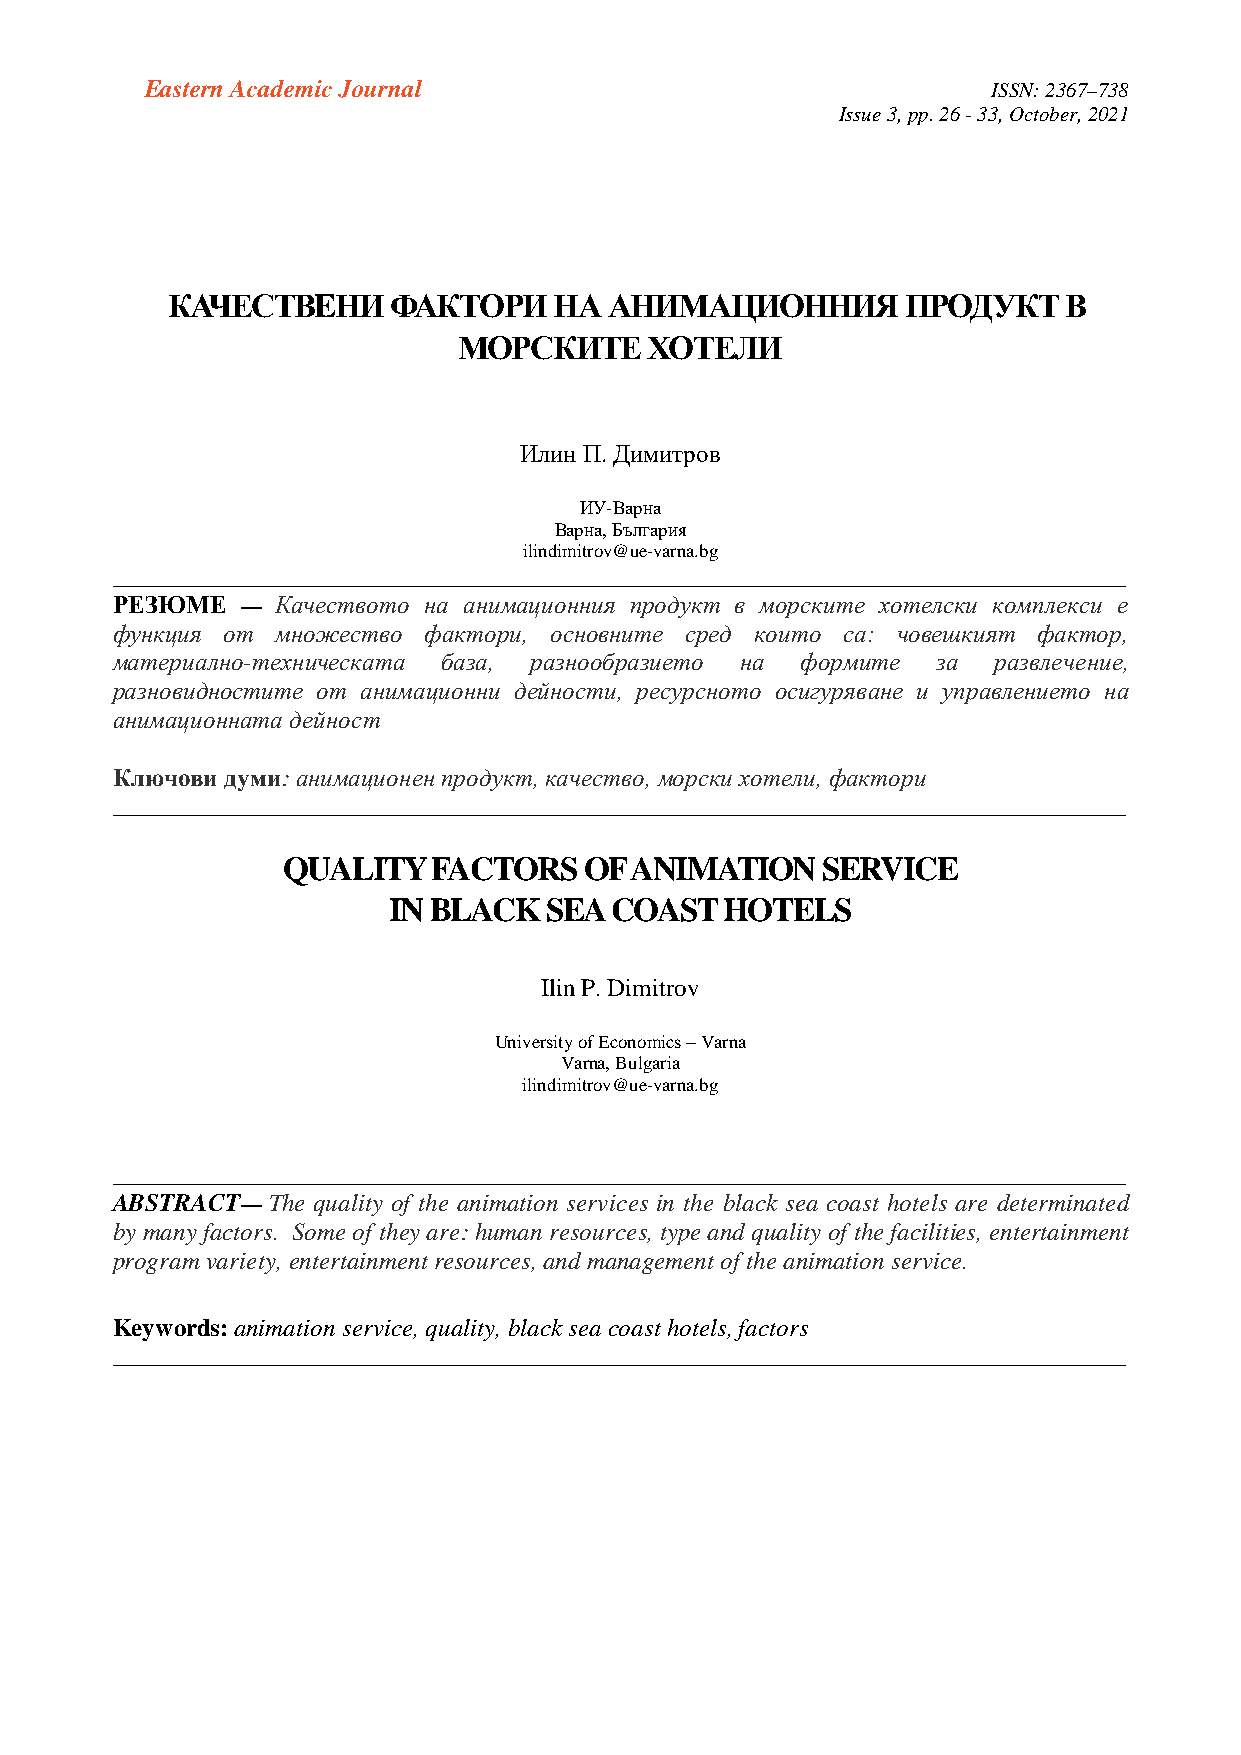
Eastern Academic Journal                                ISSN: 2367–738
 Issue 3, pp. 26 - 33, October, 2021
 КАЧЕСТВEНИ     ФАКТОРИ    НА АНИМАЦИОННИЯ        ПРОДУКТ   В
 МОРСКИТЕ     ХОТЕЛИ
 Илин П. Димитров
 ИУ-Варна
 Варна, България
 ilindimitrov@ue-varna.bg
 _________________________________________________________________________________
 РЕЗЮМЕ   — Качеството на анимационния продукт в морските хотелски комплекси е
 функция от множество фактори, основните сред които са: човешкият фактор,
 материално-техническата база, разнообразието на формите за развлечение,
 разновидностите от анимационни дейности, ресурсното осигуряване и управлението на
 анимационната дейност
 Ключови думи: анимационен продукт, качество, морски хотели, фактори
 _________________________________________________________________________________
 QUALITY   FACTORS   OF ANIMATION   SERVICE
 IN BLACK  SEA COAST   HOTELS
 Ilin P. Dimitrov
 University of Economics – Varna
 Varna, Bulgaria
 ilindimitrov@ue-varna.bg
 _________________________________________________________________________________
 ABSTRACT—  The quality of the animation services in the black sea coast hotels are determinated
 by many factors. Some of they are: human resources, type and quality of the facilities, entertainment
 program variety, entertainment resources, and management of the animation service.
 Keywords: animation service, quality, black sea coast hotels, factors
 _________________________________________________________________________________